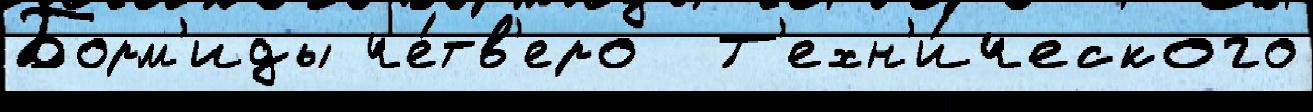
Борм'иды че́тв'еро  Т'ехн'и́ческого